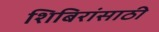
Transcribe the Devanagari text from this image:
शिबिरांसाठी